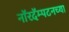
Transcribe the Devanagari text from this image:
नॉरदॅम्पटनच्या